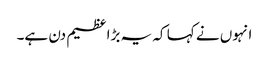
انہوں نے کہا کہ یہ بڑا عظیم دن ہے۔